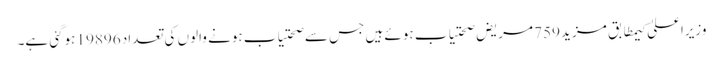
وزیراعلیٰ کیمطابق مزید 759 مریض صحتیاب ہوئے ہیں جس سے صحتیاب ہونے والوں کی تعداد 19896 ہوگئی ہے۔